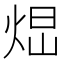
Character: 𤉆